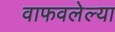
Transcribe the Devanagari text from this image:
वाफवलेल्या